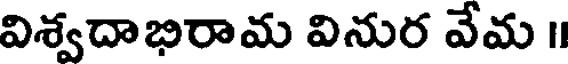
విశ్వదాభిరామ వినుర వేమ ॥